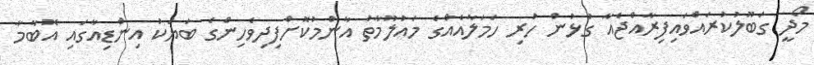
މޯދީ ގަބޫލުކުރައްވައިފިރާއްޖެއާ ގުޅުން ހުރި ހަމަލާއެއްގެ މައުލޫމާތު އާންމުކޮށްފިދިވެހިންގެ ބަޔަކު އިންޑިއާގައި އޮބާމާ